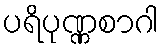
ပရိပုဏ္ဏစာဂါ